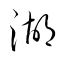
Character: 湖